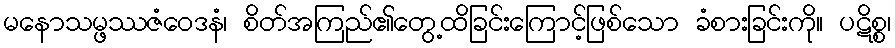
မနောသမ္ဖဿဇံဝေဒနံ၊ စိတ်အကြည်၏တွေ့ထိခြင်းကြောင့်ဖြစ်သော ခံစားခြင်းကို။ ပဋိစ္စ၊